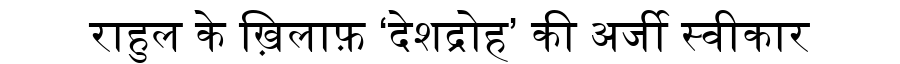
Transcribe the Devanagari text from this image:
राहुल के ख़िलाफ़ ‘देशद्रोह’ की अर्जी स्वीकार